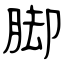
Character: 脚